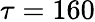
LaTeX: \tau=160